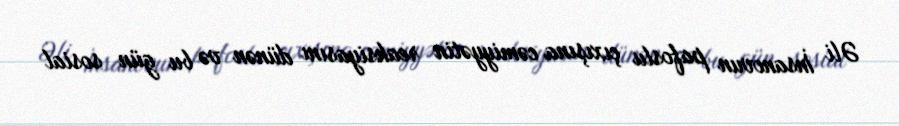
Əli İnsanovun pafoslu çıxışına cəmiyyətin reaksiyasını dünən və bu gün sosial